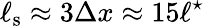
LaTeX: \ell_{\mathrm{s}}\approx 3\Delta x\approx 15\ell^{\star}